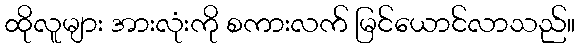
ထိုလူများ အားလုံးကို စကားလက် မြင်ယောင်လာသည်။